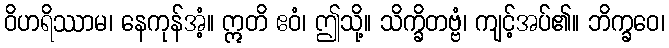
ဝိဟရိဿာမ၊ နေကုန်အံ့။ ဣတိ ဧဝံ၊ ဤသို့။ သိက္ခိတဗ္ဗံ၊ ကျင့်အပ်၏။ ဘိက္ခဝေ၊